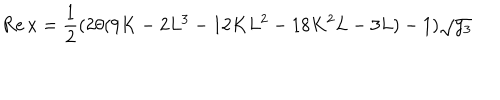
LaTeX: \mathrm { R e } \, x = \frac { 1 } { 2 } ( 2 \theta ( 9 K - 2 L ^ { 3 } - 1 2 K L ^ { 2 } - 1 8 K ^ { 2 } L - 3 L ) - 1 ) \sqrt { y _ { 3 } }